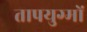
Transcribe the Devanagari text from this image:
तापयुग्मों